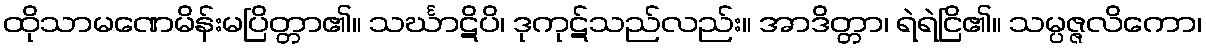
ထိုသာမဏေမိန်းမပြိတ္တာ၏။ သင်္ဃာဋိပိ၊ ဒုကုဋ်သည်လည်း။ အာဒိတ္တာ၊ ရဲရဲငြိ၏။ သမ္ပဇ္ဇလိကော၊